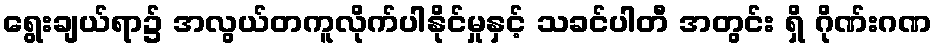
ရွေးချယ်ရာ၌ အလွယ်တကူလိုက်ပါနိုင်မှုနှင့် သခင်ပါတီ အတွင်း ရှိ ဂိုဏ်းဂဏ